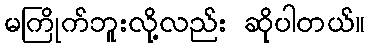
မကြိုက်ဘူးလို့လည်း ဆိုပါတယ်။